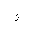
Letter: _waw